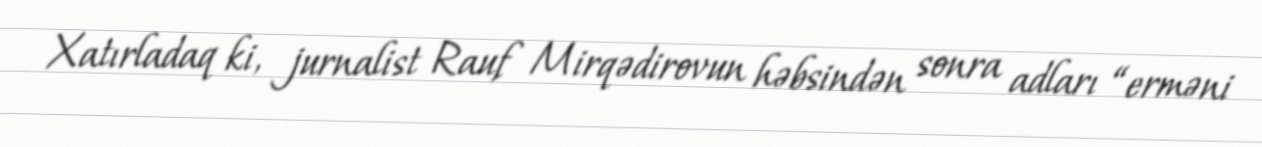
Xatırladaq ki, jurnalist Rauf Mirqədirovun həbsindən sonra adları “erməni